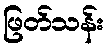
ဖြတ်သန်း